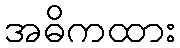
အဓိကထား